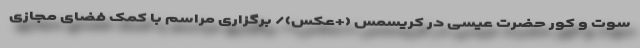
سوت و کور حضرت عیسی در کریسمس (+عکس)/ برگزاری مراسم با کمک فضای مجازی